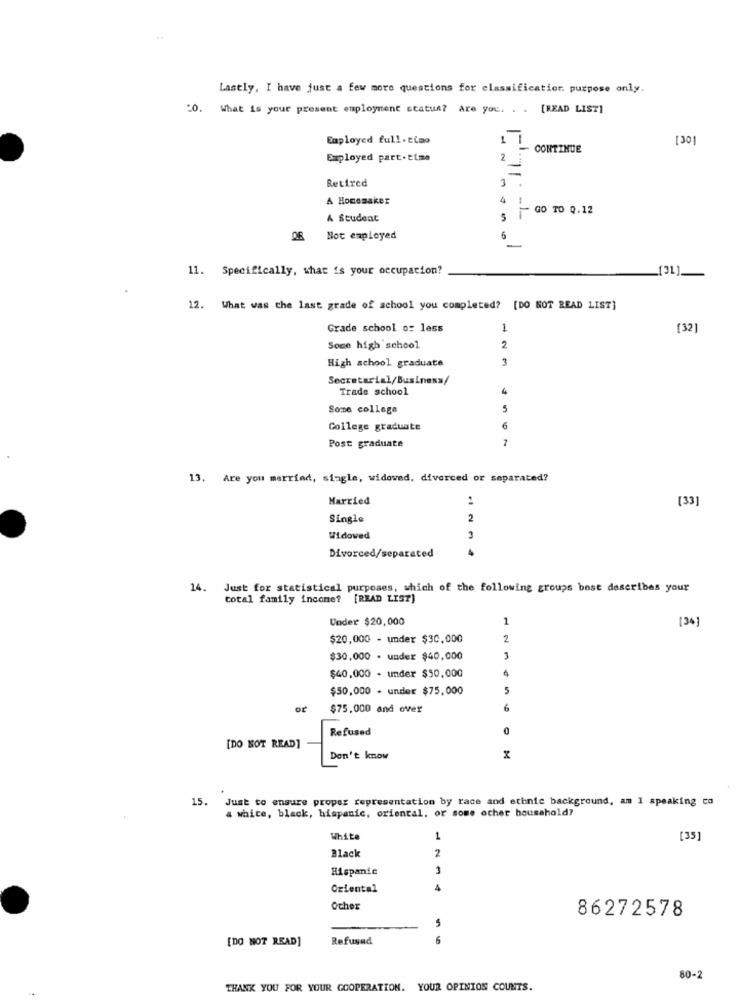
Lastly, I have just a few more questions for classification purpose only.
20. What is your present employment status? Are you. . . [READ LIST]
Employed full-time
L .,
[30]
CONTINUE
Employed part.time
2
Retired
1
A Homemaker
4
GO TO 0.12
A Student
5
Not employed
5
-
11. Specifically, what is your occupation?
(31]
12. What was the last grade of school you completed? [DO NOT READ LIST]
Grade school o: less
1
[32]
Some high school
2
High school graduate
3
Secretarial/Business/
Trade school
Some college
5
College graduate
6
7
Post graduate
13. Are you married, single, widowed, divorced or separated?
Married
[33]
Single
2
Widowed
3
Divorced/separated
14. Just for statistical purposes, which of the following groups best describes your
total family income? [READ LIST]
Under $20,000
[34]
$20,000 - under $30,000
2
$30,000 . under $40,000
$40,000 - under $50,000
$50,000 . under $75,000
5
or
$75,000 and over
6
Refused
0
[DO NOT READ]
Don't know
x
15.
Just to ensure proper representation by race and ethnic background, am I speaking co
a white, black, hispanic, oriental, or some ocher household?
White
1
[35]
Black
2
Hispanic
3
Oriental
Other
86272578
5
[DO NOT READ]
Refused
6
80-
THANK YOU FOR YOUR COOPERATION. YOUR OPINION COUNTS.